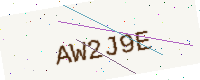
Text: AW2J9E